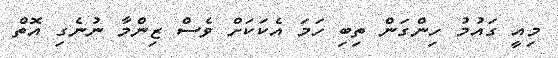
މިއީ ގައުމު ހިންގަން ތިބި ހަމަ އެކަކަށް ވެސް ޒިންމާ ނުނެގި އޮތް